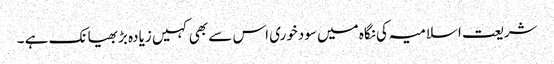
شریعت اسلامیہ کی نگاہ میں سودخوری اس سے بھی کہیں زیادہ بڑبھیانک ہے ۔